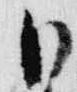
日